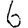
Digit: 6